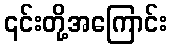
၎င်းတို့အကြောင်း